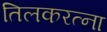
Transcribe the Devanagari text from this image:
तिलकरत्ना